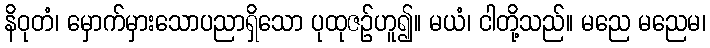
နိဝုတံ၊ မှောက်မှားသောပညာရှိသော ပုထုဇဉ်ဟူ၍။ မယံ၊ ငါတို့သည်။ မညေ မညေမ၊